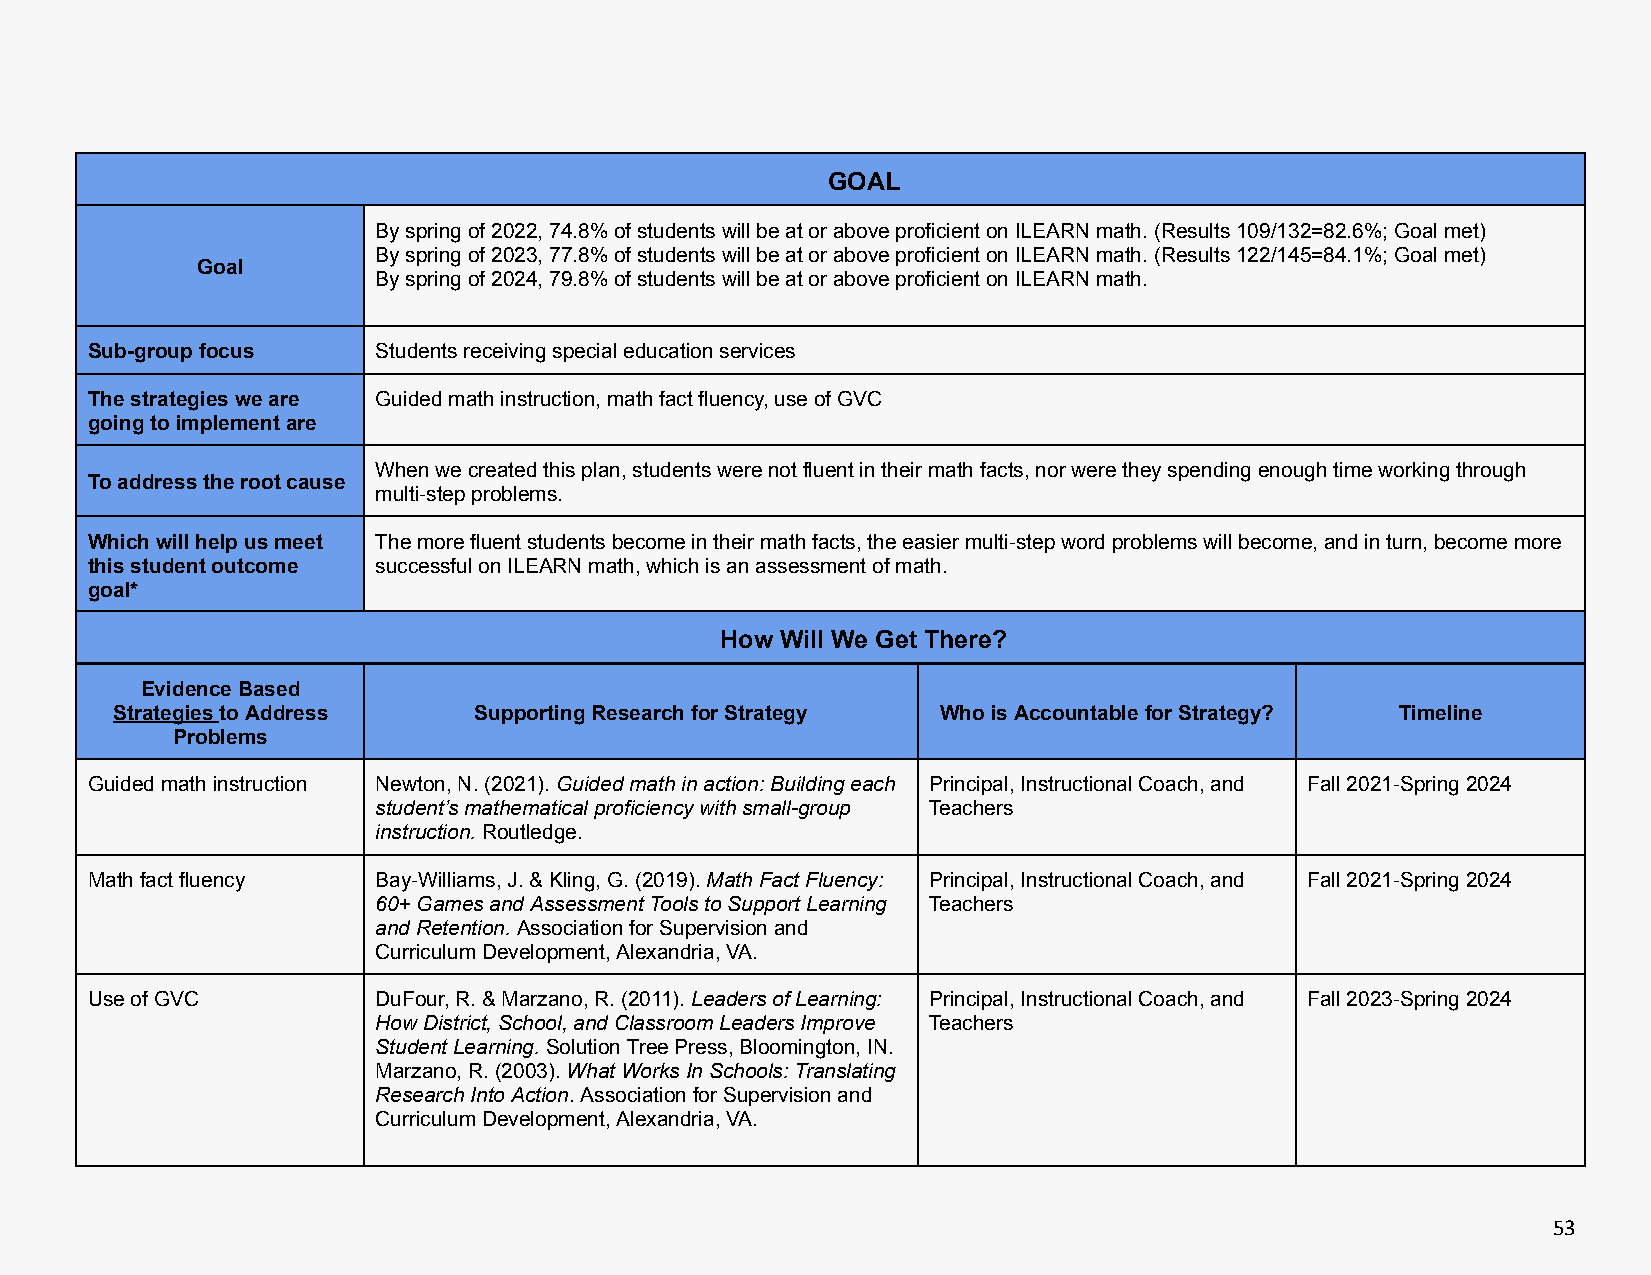
GOAL
 Byspringof2022,74.8%ofstudentswillbeatoraboveproficientonILEARNmath.(Results109/132=82.6%;Goalmet)
 Byspringof2023,77.8%ofstudentswillbeatoraboveproficientonILEARNmath.(Results122/145=84.1%;Goalmet)
 Goal
 Byspringof2024,79.8%ofstudentswillbeatoraboveproficientonILEARNmath.
 Sub-groupfocus     Studentsreceivingspecialeducationservices
 Thestrategiesweare Guidedmathinstruction,mathfactfluency,useofGVC
 goingtoimplementare
 Whenwecreatedthisplan,studentswerenotfluentintheirmathfacts,norweretheyspendingenoughtimeworkingthrough
 Toaddresstherootcause
 multi-stepproblems.
 Whichwillhelpusmeet Themorefluentstudentsbecomeintheirmathfacts,theeasiermulti-stepwordproblemswillbecome,andinturn,becomemore
 thisstudentoutcome successfulonILEARNmath,whichisanassessmentofmath.
 goal*
 How Will We Get There?
 EvidenceBased
 StrategiestoAddress     SupportingResearchforStrategy  WhoisAccountableforStrategy?   Timeline
 Problems
 Guidedmathinstruction Newton,N.(2021).Guidedmathinaction:Buildingeach Principal,InstructionalCoach,and Fall2021-Spring2024
 student’smathematicalproficiencywithsmall-group Teachers
 instruction.Routledge.
 Mathfactfluency    Bay-Williams,J.&Kling,G.(2019).MathFactFluency: Principal,InstructionalCoach,and Fall2021-Spring2024
 60+GamesandAssessmentToolstoSupportLearning Teachers
 andRetention.AssociationforSupervisionand
 CurriculumDevelopment,Alexandria,VA.
 UseofGVC           DuFour,R.&Marzano,R.(2011).LeadersofLearning: Principal,InstructionalCoach,and Fall2023-Spring2024
 HowDistrict,School,andClassroomLeadersImprove Teachers
 StudentLearning.SolutionTreePress,Bloomington,IN.
 Marzano,R.(2003).WhatWorksInSchools:Translating
 ResearchIntoAction.AssociationforSupervisionand
 CurriculumDevelopment,Alexandria,VA.
 53